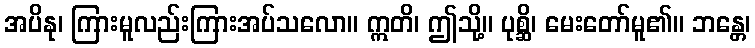
အပိနု၊ ကြားမူလည်းကြားအပ်သလော။ ဣတိ၊ ဤသို့။ ပုစ္ဆိ၊ မေးတော်မူ၏။ ဘန္တေ၊